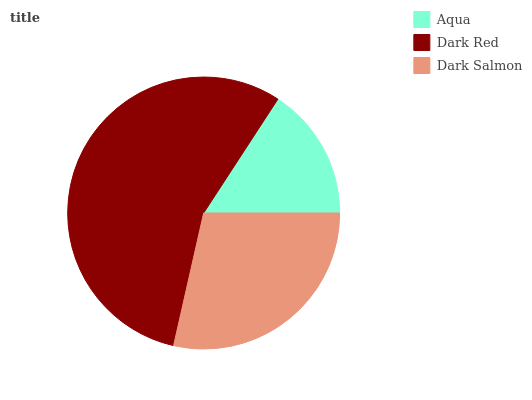
| Aqua | Dark Red | Dark Salmon |
 | --- | --- | --- |
 | 15.8% | 55.7% | 28.5% |